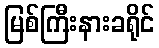
မြစ်ကြီးနားခရိုင်